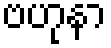
ဗဟုနာ